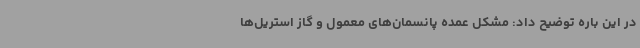
در این باره توضیح داد: مشکل عمده پانسمان‌های معمول و گاز استریل‌ها